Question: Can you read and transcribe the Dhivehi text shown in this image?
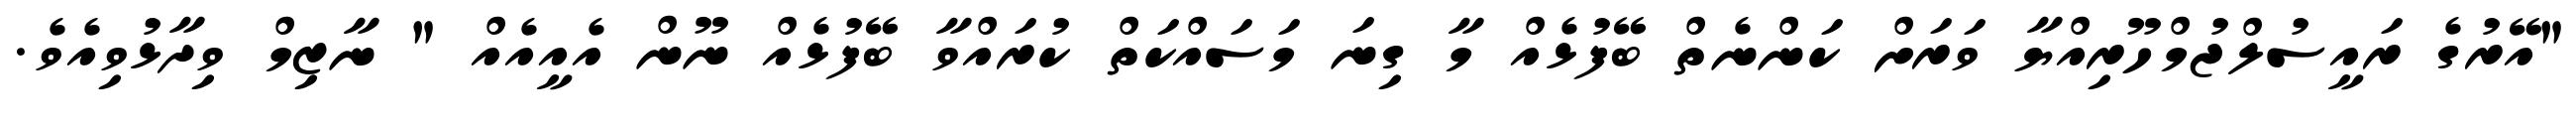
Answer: "އޭރުގެ ރައީސުލްޖުމްހޫރިއްޔާ ވަރަށް ކަންނެތް ބޭފުޅެއް މާ ގިނަ މަސައްކަތް ކުރައްވާ ބޭފުޅެއް ނޫން އެއީއެއް " ނާޒިމް ވިދާޅުވިއެވެ.